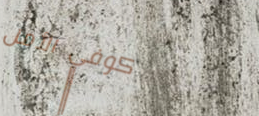
كوفي الأمل